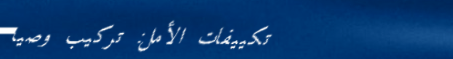
تكييفات الأمل: تركيب وصيا